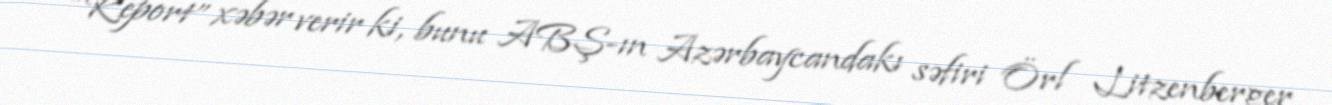
“Report” xəbər verir ki, bunu ABŞ-ın Azərbaycandakı səfiri Örl Litzenberger